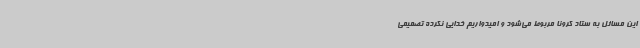
این مسائل به ستاد کرونا مربوط می‌شود و امیدواریم خدایی نکرده تصمیمی